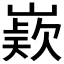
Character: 𭗊